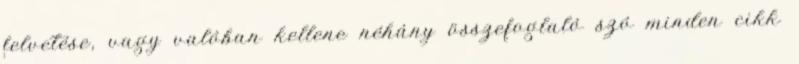
felvetése, vagy valóban kellene néhány összefoglaló szó minden cikk